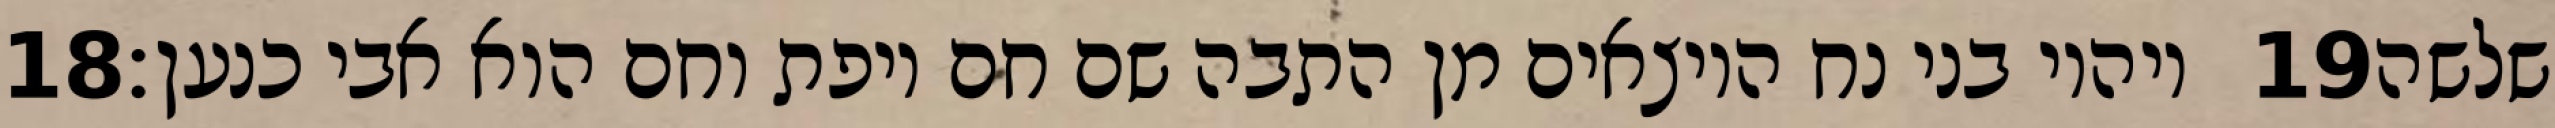
‎18‏ ויהיו בני נח היוצאים מן התבה שם חם ויפת וחם הוא אבי כנען׃ ‎19‏ שלשה